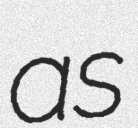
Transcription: as